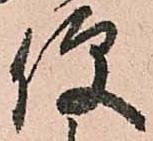
便